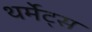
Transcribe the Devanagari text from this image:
थर्मेट्स